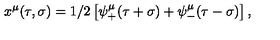
x ^ { \mu } ( \tau , \sigma ) = 1 / 2 \left[ \psi _ { + } ^ { \mu } ( \tau + \sigma ) + \psi _ { - } ^ { \mu } ( \tau - \sigma ) \right] ,